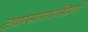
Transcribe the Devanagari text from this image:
दयासागरसिद्धये